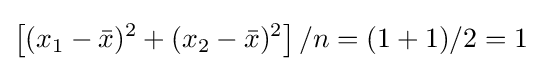
\left[(x_{1}-{\bar {x}})^{2}+(x_{2}-{\bar {x}})^{2}\right]/n=(1+1)/2=1